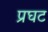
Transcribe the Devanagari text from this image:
प्रघट